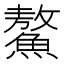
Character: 鰲